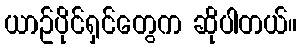
ယာဥ်ပိုင်ရှင်တွေက ဆိုပါတယ်။